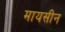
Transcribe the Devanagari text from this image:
मायसीन